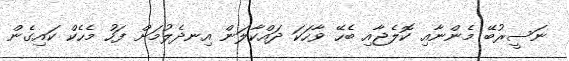
ނަސީރުބޭ މެންނާއި ކޮލެޖާއި ބެހޭ ވާހަކަ ދައްކާލަން އިނދެލުމަށް ފަހު މެހެކް ކައިގެން